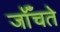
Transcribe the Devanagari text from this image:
जॉँचते